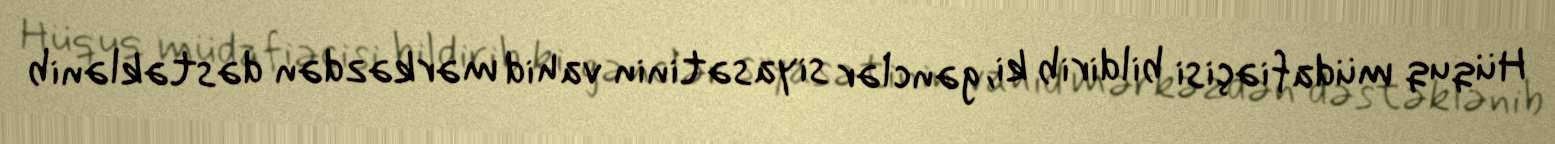
Hüquq müdafiəçisi bildirib ki, gənclər siyasətinin vahid mərkəzdən dəstəklənib